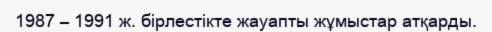
1987 – 1991 ж. бірлестікте жауапты жұмыстар атқарды.